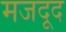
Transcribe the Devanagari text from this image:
मजदूद